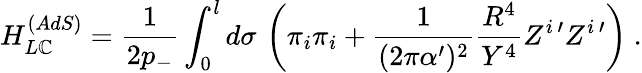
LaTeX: H_{L\mathbb{C}}^{(AdS)}=\frac{{1}}{{2p_{-}}}\int_{0}^{l}d\sigma\, \left(\pi_{i}\pi_{i}+\frac{{1}}{{(2\pi\alpha^{\prime})^{2}}}\frac{{R^{4}}}{{Y^{4}}}Z^{i\, \prime}Z^{i\, \prime}\right)\ .